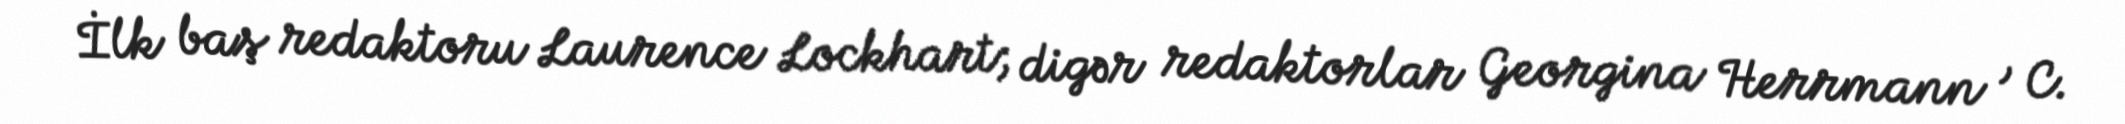
İlk baş redaktoru Laurence Lockhart; digər redaktorlar Georgina Herrmann , C.